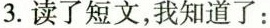
3.读了短文，我知道了：